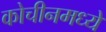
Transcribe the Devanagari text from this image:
कोचीनमध्ये